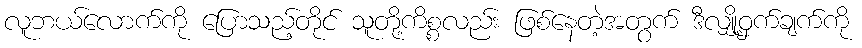
လူဘယ်လောက်ကို ပြောသည့်တိုင် သူတို့ကိစ္စလည်း ဖြစ်နေတဲ့အတွက် ဒီလျှို့ဝှက်ချက်ကို